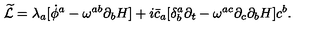
{ \widetilde { \cal L } } = \lambda _ { a } [ { \dot { \phi } } ^ { a } - \omega ^ { a b } \partial _ { b } H ] + i { \bar { c } } _ { a } [ \delta _ { b } ^ { a } \partial _ { t } - \omega ^ { a c } \partial _ { c } \partial _ { b } H ] c ^ { b } .